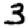
Digit: 3